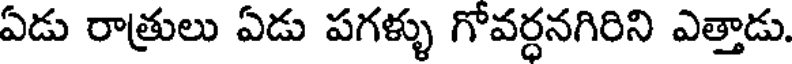
ఏడు రాత్రులు ఏడు పగళ్ళు గోవర్ధనగిరిని ఎత్తాడు.